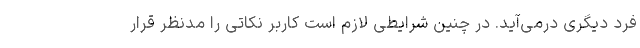
فرد دیگری درمی‌آید. در چنین شرایطی لازم است کاربر نکاتی را مدنظر قرار